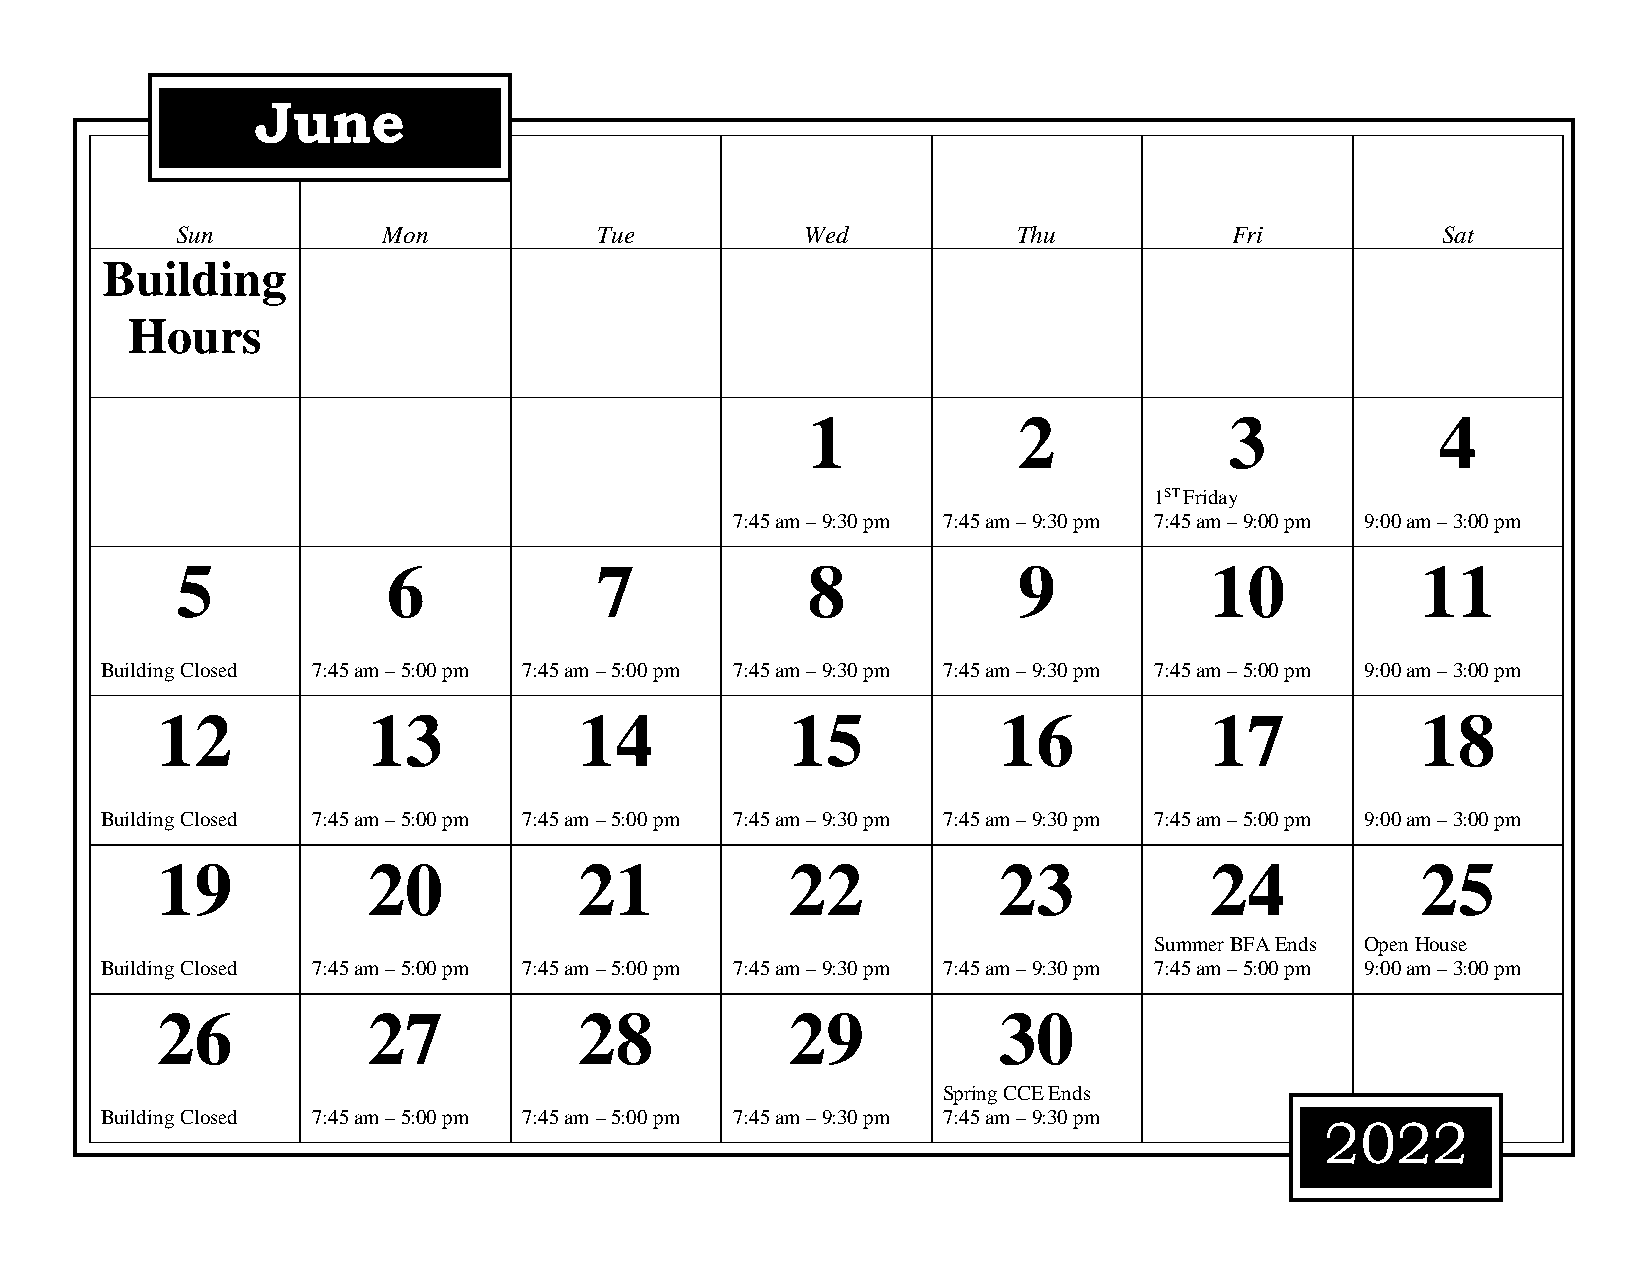
June
 Sun          Mon            Tue          Wed           Thu           Fri           Sat
 Building
 Hours
 1             2             3             4
 1ST Friday
 7:45 am – 9:30 pm 7:45 am – 9:30 pm 7:45 am – 9:00 pm 9:00 am – 3:00 pm
 5             6             7            8             9            10            11
 Building Closed 7:45 am – 5:00 pm 7:45 am – 5:00 pm 7:45 am – 9:30 pm 7:45 am – 9:30 pm 7:45 am – 5:00 pm 9:00 am – 3:00 pm
 12            13            14            15            16            17            18
 Building Closed 7:45 am – 5:00 pm 7:45 am – 5:00 pm 7:45 am – 9:30 pm 7:45 am – 9:30 pm 7:45 am – 5:00 pm 9:00 am – 3:00 pm
 19            20            21            22            23            24            25
 Summer BFA Ends Open House
 Building Closed 7:45 am – 5:00 pm 7:45 am – 5:00 pm 7:45 am – 9:30 pm 7:45 am – 9:30 pm 7:45 am – 5:00 pm 9:00 am – 3:00 pm
 26            27            28            29            30
 Spring CCE Ends
 Building Closed 7:45 am – 5:00 pm 7:45 am – 5:00 pm 7:45 am – 9:30 pm 7:45 am – 9:30 pm
 2022